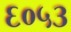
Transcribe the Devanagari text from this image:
६०५३